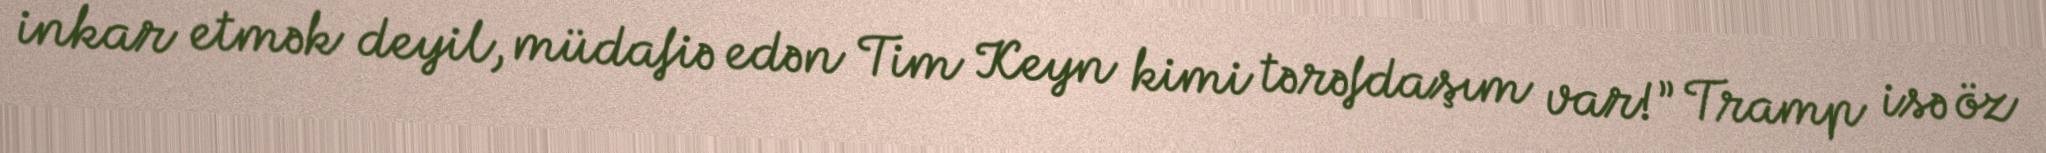
inkar etmək deyil, müdafiə edən Tim Keyn kimi tərəfdaşım var!” Tramp isə öz